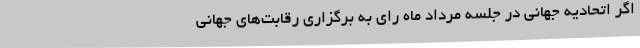
اگر اتحادیه جهانی در جلسه مرداد ماه رای به برگزاری رقابت‌های جهانی